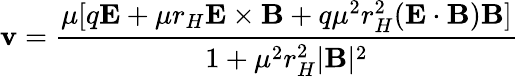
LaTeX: \textbf{v}=\frac{\mu[q\textbf{E}+\mu r_{H}\textbf{E}\times\textbf{B}+q\mu^{2}r_{H}^{2}(\textbf{E}\cdot\textbf{B})\textbf{B}]}{1+\mu^{2}r_{H}^{2}|\textbf{B}|^{2}}